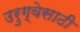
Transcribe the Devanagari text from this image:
उरुग्वेसाठी